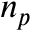
n _ { p }